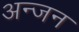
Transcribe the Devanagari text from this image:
अन्जन